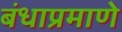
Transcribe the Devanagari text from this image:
बंधाप्रमाणे